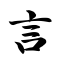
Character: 言